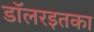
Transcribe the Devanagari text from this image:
डॉलरइतका